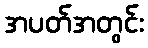
အပတ်အတွင်း